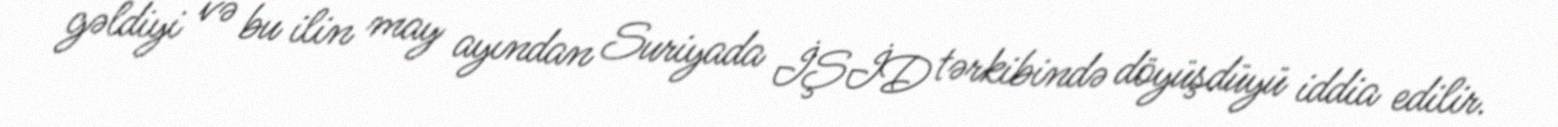
gəldiyi və bu ilin may ayından Suriyada İŞİD tərkibində döyüşdüyü iddia edilir.